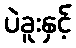
ပဲခူးနှင့်